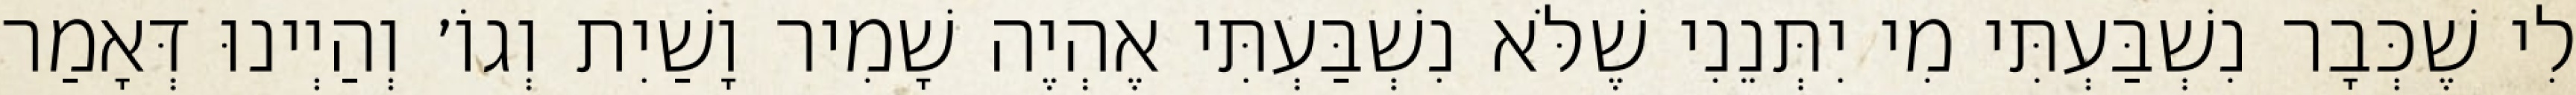
לִי שֶׁכְּבָר נִשְׁבַּעְתִּי מִי יִתְּנֵנִי שֶׁלֹּא נִשְׁבַּעְתִּי אֶהְיֶה שָׁמִיר וָשַׁיִת וְגוֹ׳ וְהַיְינוּ דְּאָמַר